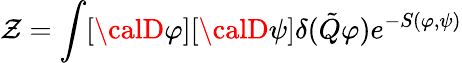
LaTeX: \mathcal{Z}=\int[{\calD}\varphi][{\calD}\psi]\delta(\tilde{{Q}}\varphi)e^{-S(\varphi,\psi)}